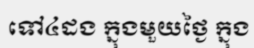
ទៅ៤ដង ក្នុងមួយថ្ងៃ ក្នុង